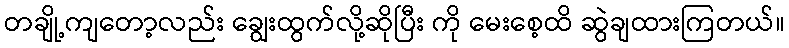
တချို့ကျတော့လည်း ချွေးထွက်လို့ဆိုပြီး ကို မေးစေ့ထိ ဆွဲချထားကြတယ်။